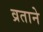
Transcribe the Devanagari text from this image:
व्रताने